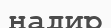
надир